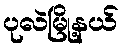
ပုလဲမြို့နယ်